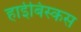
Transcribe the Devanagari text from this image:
हाईबिस्कस